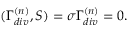
( \Gamma _ { d i v } ^ { ( n ) } , S ) = \sigma \Gamma _ { d i v } ^ { ( n ) } = 0 .